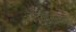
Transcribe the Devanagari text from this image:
शतकांताच्या